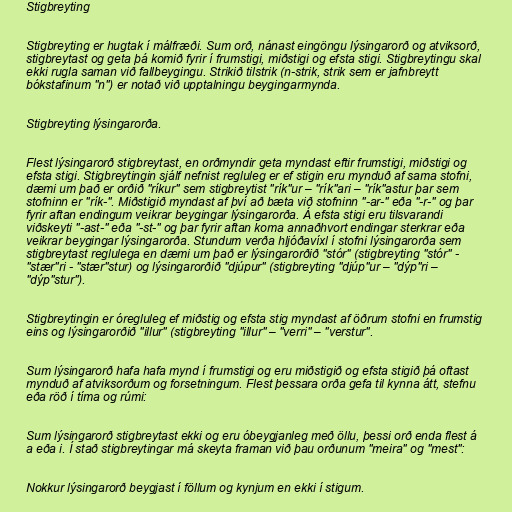
Stigbreyting

Stigbreyting er hugtak í málfræði. Sum orð, nánast eingöngu lýsingarorð og atviksorð,
stigbreytast og geta þá komið fyrir í frumstigi, miðstigi og efsta stigi. Stigbreytingu skal
ekki rugla saman við fallbeygingu. Strikið tilstrik (n-strik, strik sem er jafnbreytt
bókstafinum "n") er notað við upptalningu beygingarmynda.

Stigbreyting lýsingarorða.

Flest lýsingarorð stigbreytast, en orðmyndir geta myndast eftir frumstigi, miðstigi og
efsta stigi. Stigbreytingin sjálf nefnist regluleg er ef stigin eru mynduð af sama stofni,
dæmi um það er orðið "ríkur" sem stigbreytist "rík"ur – "rík"ari – "rík"astur þar sem
stofninn er "rík-". Miðstigið myndast af því að bæta við stofninn "-ar-" eða "-r-" og þar
fyrir aftan endingum veikrar beygingar lýsingarorða. Á efsta stigi eru tilsvarandi
viðskeyti "-ast-" eða "-st-" og þar fyrir aftan koma annaðhvort endingar sterkrar eða
veikrar beygingar lýsingarorða. Stundum verða hljóðavíxl í stofni lýsingarorða sem
stigbreytast reglulega en dæmi um það er lýsingarorðið "stór" (stigbreyting "stór" -
"stær"ri - "stær"stur) og lýsingarorðið "djúpur" (stigbreyting "djúp"ur – "dýp"ri –
"dýp"stur").

Stigbreytingin er óregluleg ef miðstig og efsta stig myndast af öðrum stofni en frumstig
eins og lýsingarorðið "illur" (stigbreyting "illur" – "verri" – "verstur".

Sum lýsingarorð hafa hafa mynd í frumstigi og eru miðstigið og efsta stigið þá oftast
mynduð af atviksorðum og forsetningum. Flest þessara orða gefa til kynna átt, stefnu
eða röð í tíma og rúmi:

Sum lýsingarorð stigbreytast ekki og eru óbeygjanleg með öllu, þessi orð enda flest á
a eða i. Í stað stigbreytingar má skeyta framan við þau orðunum "meira" og "mest":

Nokkur lýsingarorð beygjast í föllum og kynjum en ekki í stigum.